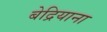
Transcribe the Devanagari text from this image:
बेद्रियाना